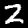
Digit: 2